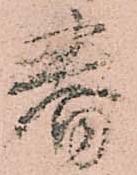
春